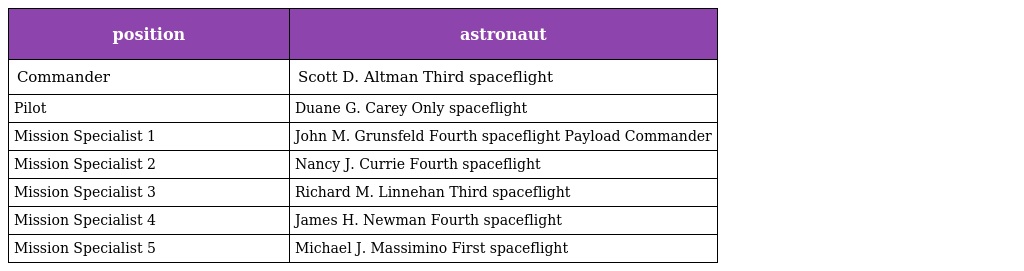
| position | astronaut |
 | --- | --- |
 | Commander | Scott D. Altman Third spaceflight |
 | Pilot | Duane G. Carey Only spaceflight |
 | Mission Specialist 1 | John M. Grunsfeld Fourth spaceflight Payload Commander |
 | Mission Specialist 2 | Nancy J. Currie Fourth spaceflight |
 | Mission Specialist 3 | Richard M. Linnehan Third spaceflight |
 | Mission Specialist 4 | James H. Newman Fourth spaceflight |
 | Mission Specialist 5 | Michael J. Massimino First spaceflight |